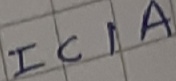
Text: IC1A